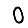
Digit: 0